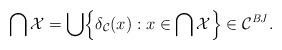
LaTeX: \begin{align*} \bigcap\mathcal{X} = \bigcup\Bigl\{\delta_{\mathcal{C}}(x) : x\in\bigcap\mathcal{X}\Bigr\} \in \mathcal{C}^{\mathit{BJ}}.\end{align*}